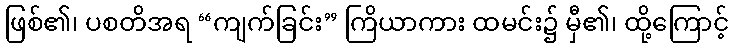
ဖြစ်၏၊ ပစတိအရ “ကျက်ခြင်း” ကြိယာကား ထမင်း၌ မှီ၏၊ ထို့ကြောင့်